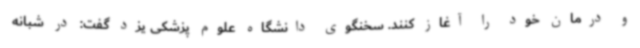
و درمان خود را آغاز کنند. سخنگوی‌ دانشگاه علوم پزشکی یزد گفت: در شبانه